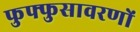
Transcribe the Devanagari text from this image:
फुफ्फुसावरणों